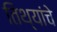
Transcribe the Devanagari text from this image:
तिथ्यांचे